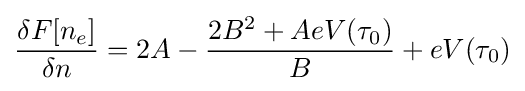
{\frac {\delta F[n_{e}]}{\delta n}}=2A-{\frac {2B^{2}+AeV(\tau _{0})}{B}}+eV(\tau _{0})